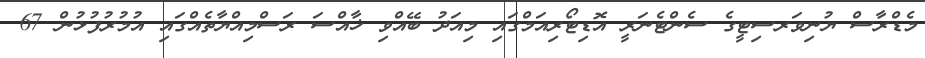
މެޑްރާސް ޔުނިވަރސިޓީގެ ސެންޓެނަރީ އޮޑިޓޯރިއަމްގައި މިއަދު ބޭއްވި ޚާއްސަ ރަސްމިއްޔާތެއްގައި އުމުރުފުޅުން 67